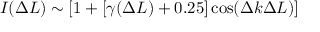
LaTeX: I ( \Delta L ) \sim [ 1 + [ \gamma ( \Delta L ) + 0 . 2 5 ] \cos ( \Delta k \Delta L ) ]